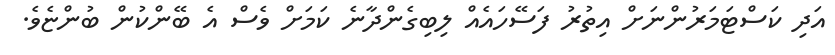
އަދި ކަސްޓަމަރުންނަށް އިތުރު ފަސޭހައެއް ލިބިގެންދާނެ ކަމަށް ވެސް އެ ބޭންކުން ބުންޏެވެ.